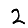
Digit: 2